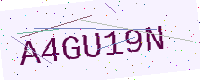
Text: A4GU19N